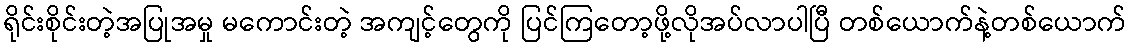
ရိုင်းစိုင်းတဲ့အပြုအမှု မကောင်းတဲ့ အကျင့်တွေကို ပြင်ကြတော့ဖို့လိုအပ်လာပါပြီ တစ်ယောက်နဲ့တစ်ယောက်